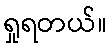
ရှုရတယ်။